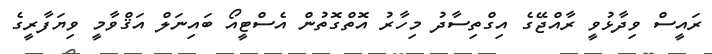
ރައީސް ވިދާޅުވީ ރާއްޖޭގެ އިގްތިސާދު މިހާރު އޮތްގޮތުން އެސްޓީއޯ ބައިނަލް އަޤްވާމީ ވިޔަފާރީގެ